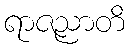
ရာဇညာတိ